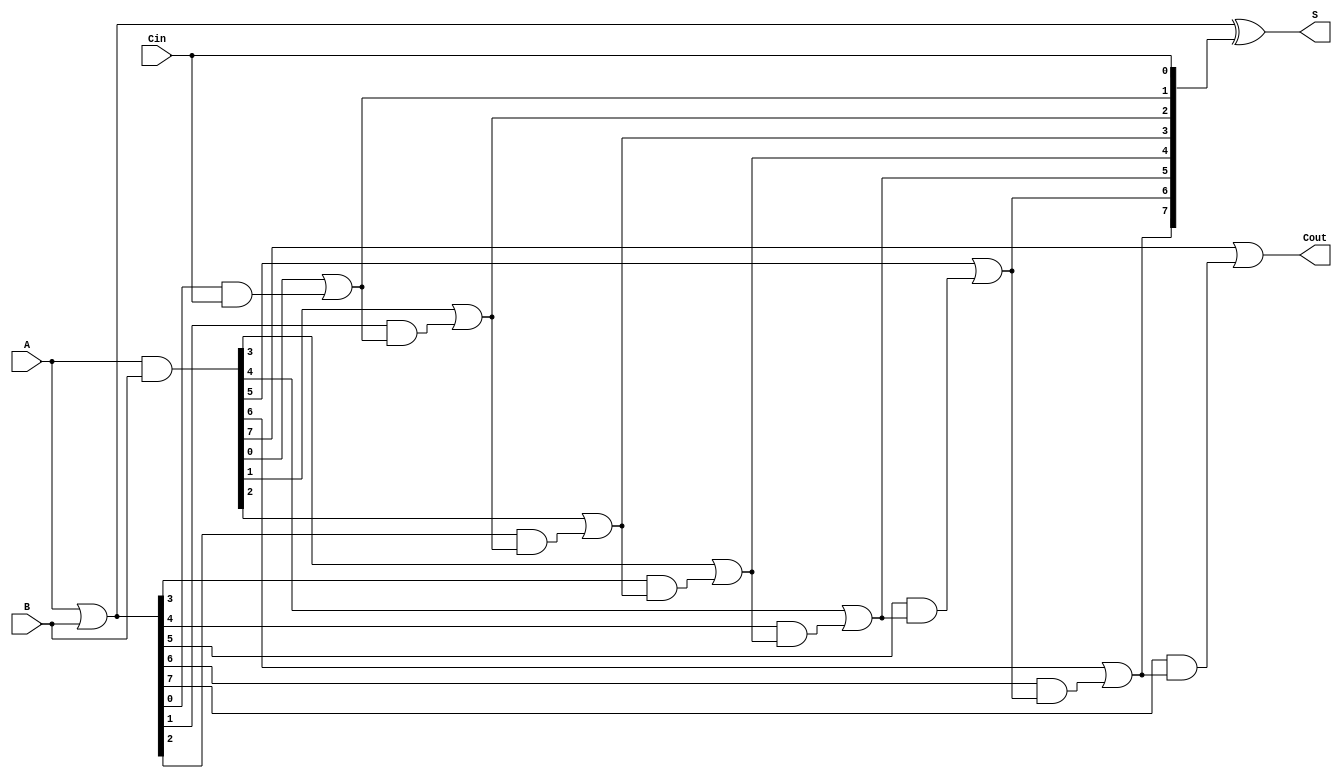
module VariableLatencyCLA #(parameter N = 8) (
    input  wire [N-1:0] A,     // First n-bit input
    input  wire [N-1:0] B,     // Second n-bit input
    input  wire Cin,            // Input carry
    output wire [N-1:0] S,      // n-bit sum output
    output wire Cout            // Carry out
);

    // Generate and propagate signals
    wire [N-1:0] G; // Generate signals
    wire [N-1:0] P; // Propagate signals
    wire [N:0] C;   // Carry signals

    // Generate and propagate computations
    assign G = A & B;        // G[i] = A[i] & B[i]
    assign P = A | B;        // P[i] = A[i] | B[i]

    // Carry signals computation
    assign C[0] = Cin;       // Initial carry
    genvar i;
    generate
        for (i = 1; i < N+1; i = i + 1) begin : carry_logic
            assign C[i] = G[i-1] | (P[i-1] & C[i-1]); // C[i] = G[i-1] | (P[i-1] & C[i-1])
        end
    endgenerate

    // Sum generation
    assign S = P ^ C[N-1:0]; // S[i] = P[i] ^ C[i]

    // Carry out
    assign Cout = C[N]; // Final carry out

endmodule